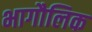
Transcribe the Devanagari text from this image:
भागौलिक